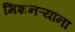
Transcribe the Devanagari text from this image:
मिशनऱ्यांना